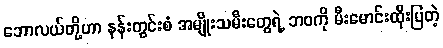
ဘောလယ်တို့ဟာ နန်းတွင်းစံ အမျိုးသမီးတွေရဲ့ ဘဝကို မီးမောင်းထိုးပြတဲ့